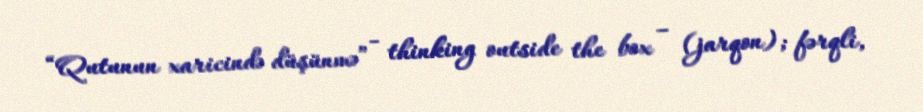
“Qutunun xaricində düşünmə” - thinking outside the box – (jarqon); fərqli,